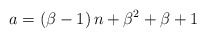
\begin{align*}a=\left(\beta-1\right)n+\beta^{2}+\beta+1\end{align*}